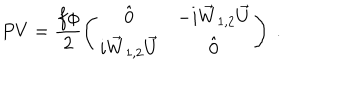
P V = \frac { f \phi } { 2 } \left( \begin{array} { c c } { { \hat { 0 } } } & { { - i \vec { W } _ { 1 , 2 } \vec { U } } } \\ { { i \vec { W } _ { 1 , 2 } \vec { U } } } & { { \hat { 0 } } } \\ \end{array} \right) ~ .